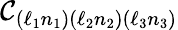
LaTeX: \mathcal{C}_{(\ell_{1}n_{1})(\ell_{2}n_{2})(\ell_{3}n_{3})}